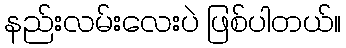
နည်းလမ်းလေးပဲ ဖြစ်ပါတယ်။